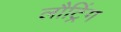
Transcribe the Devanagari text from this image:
लौट्रिंग